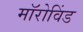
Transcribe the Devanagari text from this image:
मॉरोविंड